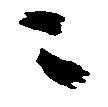
ニ